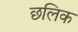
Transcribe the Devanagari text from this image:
छलिक